Annual report on the working of the Harcourt Butler Institute of Public Health, Rangoon
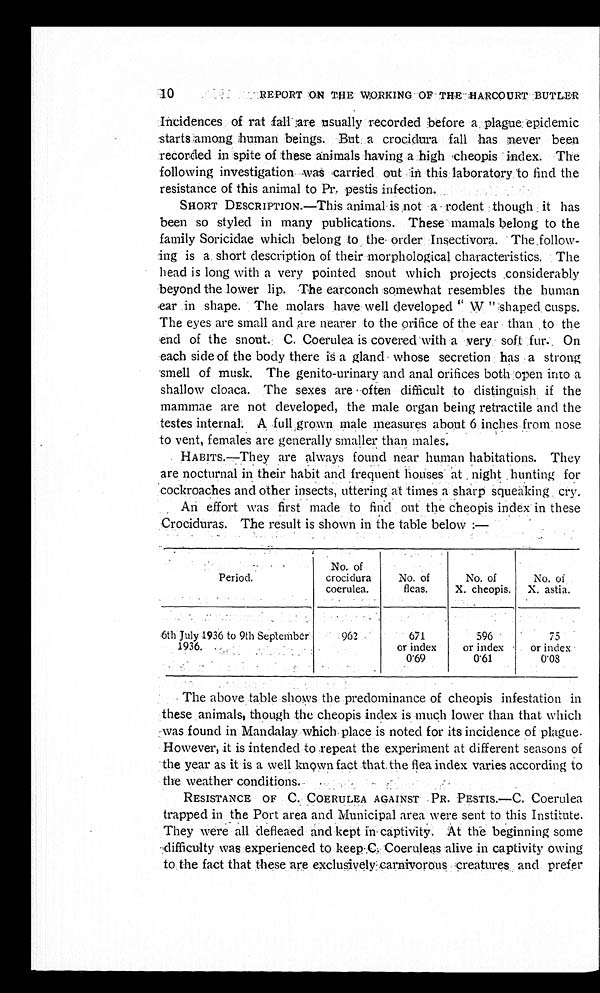
10
REPORT ON THE WORKING OF THE HARCOURT BUTLER
Incidences of rat fall are usually recorded before a plague epidemic
starts among human beings. But a crocidura fall has never been
recorded in spite of these animals having a high cheopis index. The
following investigation was carried out in this laboratory to find the
resistance of this animal to Pr. pestis infection.
SHORT DESCRIPTION.—This animal is not a rodent though it has
been so styled in many publications. These mamals belong to the
family Soricidae which belong to the order Insectivora. The follow-
-ing is a short description of their morphological characteristics. The
head is long with a very pointed snout which projects .considerably
beyond the lower lip. The earconch somewhat resembles the human
ear in shape. The molars have well developed “ W ”shaped cusps.
The eyes are small and are nearer to the orifice of the ear than to the
end of the snout. C. Coerulea is covered-with a very soft fur.. On
each side of the body there is a gland whose secretion has a strong
smell of musk. The genito-urinary and anal orifices both open into a
shallow cloaca. The sexes are often difficult to distinguish if the
mammae are not developed, the male organ being retractile and the
testes internal: A full grown male measures about 6 inches from nose
to vent, females are generally smaller than males.
HABITS.—They are always found near human habitations. They
are nocturnal in their habit and frequent houses at night hunting for
cockroaches and other insects, uttering at times a sharp squeaking cry.
An effort was first made to find out the cheopis index in these
Crociduras. The result is shown in the table below :—
Period.
No. of
crocidura
coerulea.
No. of
fleas.
No. of
X. cheopis.
No. of
X. astia.
6th July 1936 to 9th September
1936.
962
671
or index
0. 69
596
or index
0. 61
75
or index.
0.08
The above table shows the predominance of cheopis infestation in
these animals, though the cheopis index is much lower than that which
was found in Mandalay which place is noted for its incidence of plague.
However, it is intended to repeat the experiment at different seasons of
the year as it is a well known fact that the flea index varies according to
the weather conditions.
RESISTANCE OF C. COERULEA AGAINST PR. PESTIS.—C. Coerulea
trapped in the Port area and Municipal area were sent to this Institute.
They were all defleaed and kept in captivity. At the beginning some
difficulty was experienced to keep C. Coeruleas alive in captivity owing
to the fact that these are exclusively carnivorous creatures and prefer